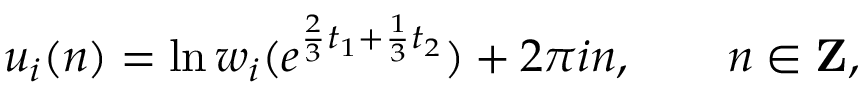
u _ { i } ( n ) = \ln w _ { i } ( e ^ { \frac { 2 } { 3 } t _ { 1 } + \frac { 1 } { 3 } t _ { 2 } } ) + 2 \pi i n , \qquad n \in { \bf Z } ,